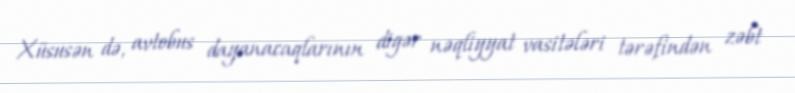
Xüsusən də, avtobus dayanacaqlarının digər nəqliyyat vasitələri tərəfindən zəbt